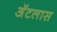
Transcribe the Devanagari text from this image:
अॅटलास